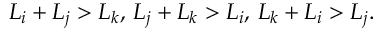
L _ { i } + L _ { j } > L _ { k } , \, L _ { j } + L _ { k } > L _ { i } , \, L _ { k } + L _ { i } > L _ { j } .